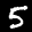
Label: 5